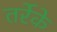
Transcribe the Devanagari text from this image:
तर्रेके